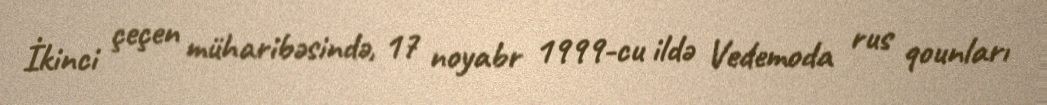
İkinci çeçen müharibəsində, 17 noyabr 1999-cu ildə Vedemoda rus qounları